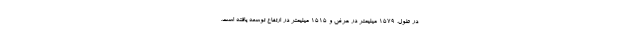
در طول، 1579 میلیمتر در عرض و 1515 میلیمتر در ارتفاع توسعه یافته است.